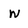
Character: W